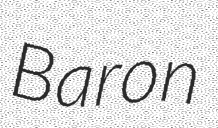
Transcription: Baron